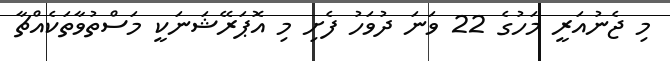
މި ޖެނުއަރީ މަހުގެ 22 ވަނަ ދުވަހު ފެށި މި އޮޕަރޭޝަނަކީ މަސްތުވާތަކެއްޗާ